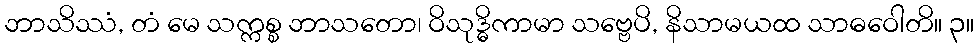
ဘာသိဿံ, တံ မေ သက္ကစ္စ ဘာသတော၊ ဝိသုဒ္ဓိကာမာ သဗ္ဗေပိ, နိသာမယထ သာဓဝေါတိ။ ၃။